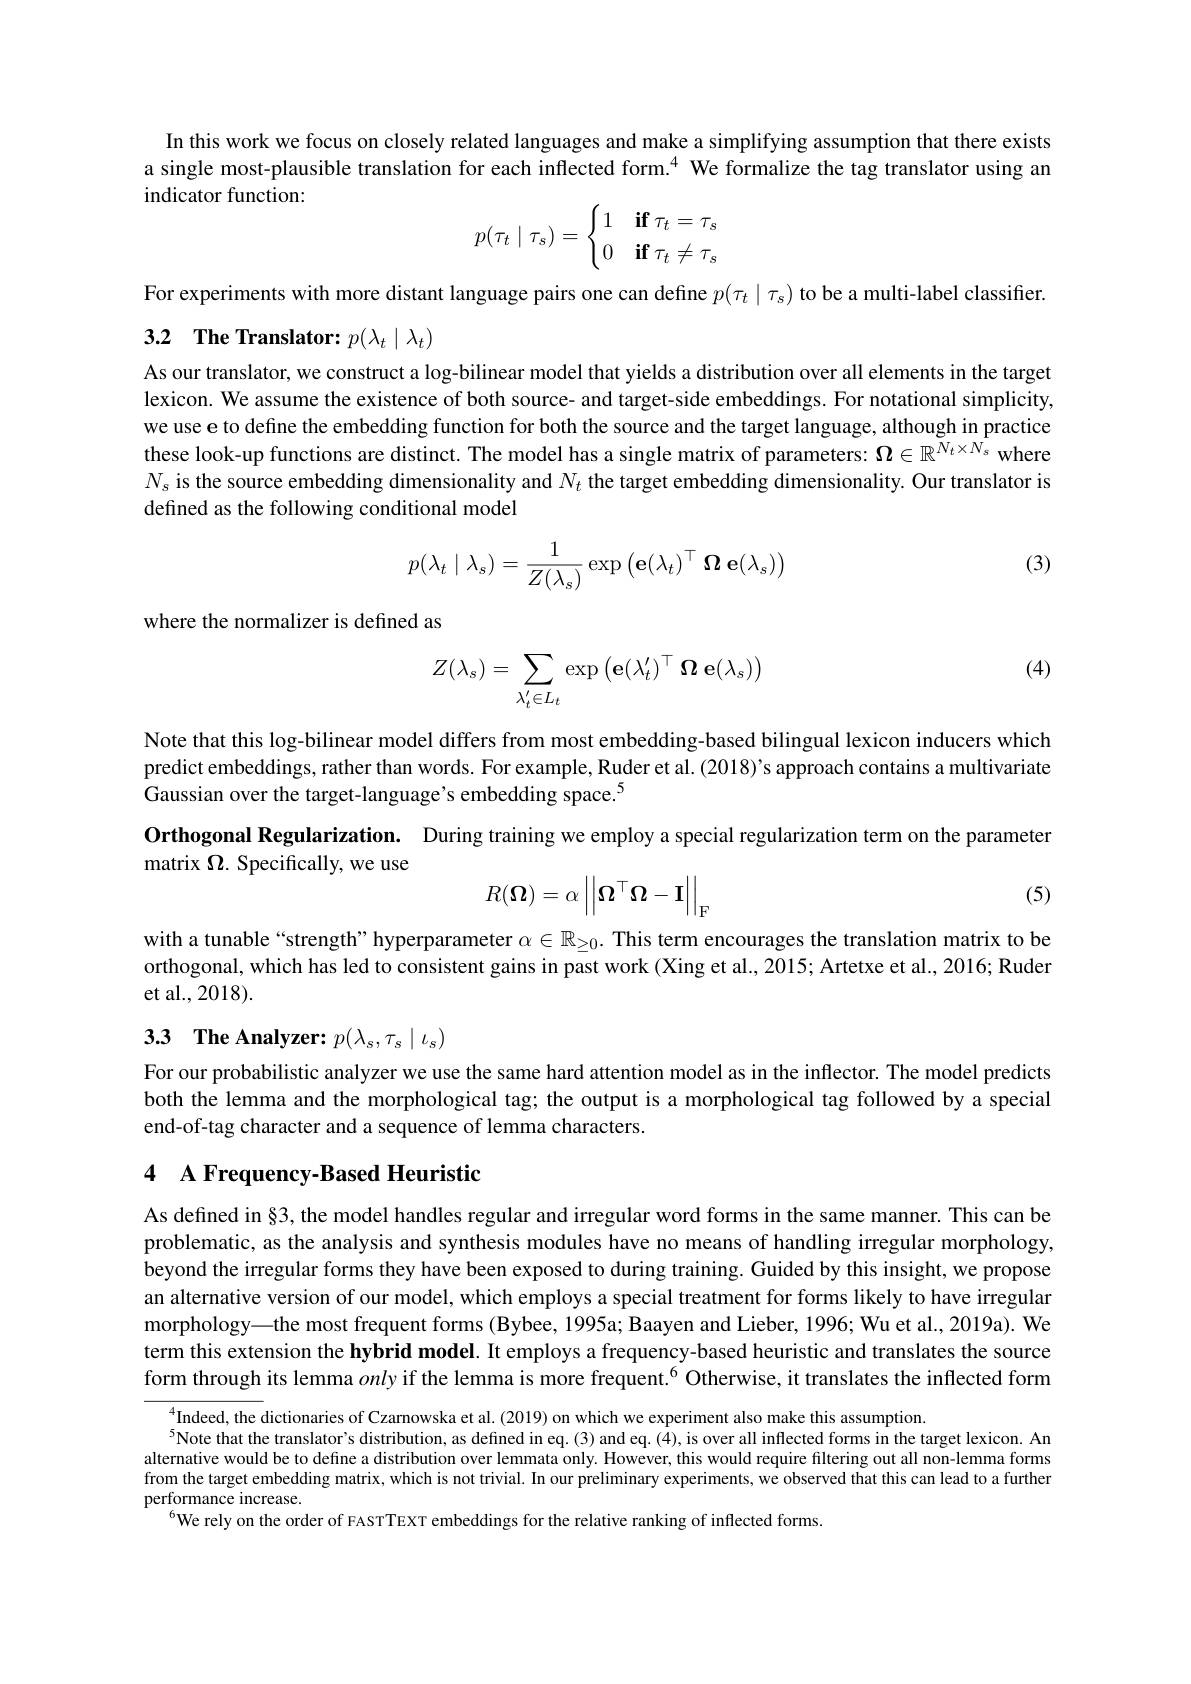
In this work we focus on closely related languages and make a simplifying assumption that there exists a single most-plausible translation for each inflected form.$^{4}$ We formalize the tag translator using an indicator function:
$$p(\tau_t\mid\tau_s)=\begin{cases}1&\textbf{if}\tau_t=\tau_s\\0&\textbf{if}\tau_t\neq\tau_s\end{cases}$$
For experiments with more distant language pairs one can define $p(\tau_t\mid\tau_s)$ to be a multi-label classifier.
3.2 $\textbf{The Translator: }p( \lambda _t\mid \lambda _t)$

As our translator, we construct a log-bilinear model that yields a distribution over all elements in the target lexicon. We assume the existence of both source- and target-side embeddings. For notational simplicity, we use e to define the embedding function for both the source and the target language, although in practice these look-up functions are distinct. The model has a single matrix of parameters: $\Omega\in\mathbb{R}^{N_t\times N_s}$ where $N_s$ is the source embedding dimensionality and $N_t$ the target embedding dimensionality. Our translator is defined as the following conditional model

(3)
$$p(\lambda_t\mid\lambda_s)=\frac{1}{Z(\lambda_s)}\exp\left(\mathbf{e}(\lambda_t)^\top\:\boldsymbol{\Omega}\:\mathbf{e}(\lambda_s)\right)$$
where the normalizer is defined as

(4)
$$Z(\lambda_s)=\sum_{\lambda_t'\in L_t}\exp\left(\mathbf{e}(\lambda_t')^\top\:\boldsymbol{\Omega}\:\mathbf{e}(\lambda_s)\right)$$
Note that this log-bilinear model differs from most embedding-based bilingual lexicon inducers which predict embeddings, rather than words. For example, Ruder et al. (2018)'s approach contains a multivariate Gaussian over the target-language's embedding space.$^{5}$
Orthogonal Regularization. During training we employ a special regularization term on the parameter
matrix $\Omega.$ Specifically, we use

(5)
$$R(\boldsymbol{\Omega})=\alpha\left|\left|\boldsymbol{\Omega}^\top\boldsymbol{\Omega}-\boldsymbol{I}\right|\right|_{\mathrm{F}}$$
with a tunable “strength” hyperparameter $\alpha\in\mathbb{R}_\geq0.$ This term encourages the translation matrix to be orthogonal, which has led to consistent gains in past work (Xing et al., 2015; Artetxe et al., 2016; Ruder et al., 2018).

# 3.3 The Analyzer: $p(\lambda_s,\tau_s\mid\iota_s)$

For our probabilistic analyzer we use the same hard attention model as in the inflector. The model predicts both the lemma and the morphological tag; the output is a morphological tag followed by a special end-of-tag character and a sequence of lemma characters.

# 4 A Frequency-Based Heuristic

As defined in§3, the model handles regular and irregular word forms in the same manner. This can be problematic, as the analysis and synthesis modules have no means of handling irregular morphology, beyond the irregular forms they have been exposed to during training. Guided by this insight, we propose an alternative version of our model, which employs a special treatment for forms likely to have irregular morphology—the most frequent forms (Bybee, 1995a; Baayen and Lieber, 1996; Wu et al., 2019a). We term this extension the hybrid model. It employs a frequency-based heuristic and translates the source form through its lemma only if the lemma is more frequent.$^{6}$ Otherwise, it translates the inflected form

$^{4}$Indeed, the dictionaries of Czarnowska et al. (2019) on which we experiment also make this assumption
$^{5}$Note that the translator's distribution, as defined in eq. (3) and eq. (4), is over all inflected forms in the target lexicon. An alternative would be to define a distribution over lemmata only. However, this would require filtering out all non-lemma forms from the target embedding matrix, which is not trivial. In our preliminary experiments, we observed that this can lead to a further performance increase.
$^{6}$We rely on the order of FASTTEXT embeddings for the relative ranking of inflected forms